画像に写った文字を読んでください
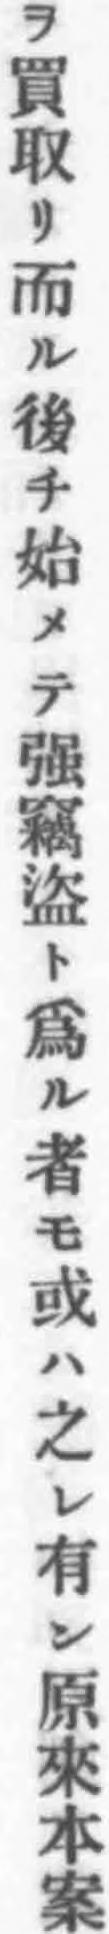
「ヲ買取リ而ル後チ始メテ强竊盜ト爲ル者モ或ハ之レ有ン原來本案」と書いてあります